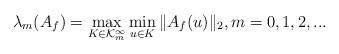
LaTeX: \begin{align*}\lambda_m(A_f)=\max_{K \in {\cal K}_m^\infty} \min_{u \in K}\|A_f(u)\|_2,m=0,1,2,...\end{align*}